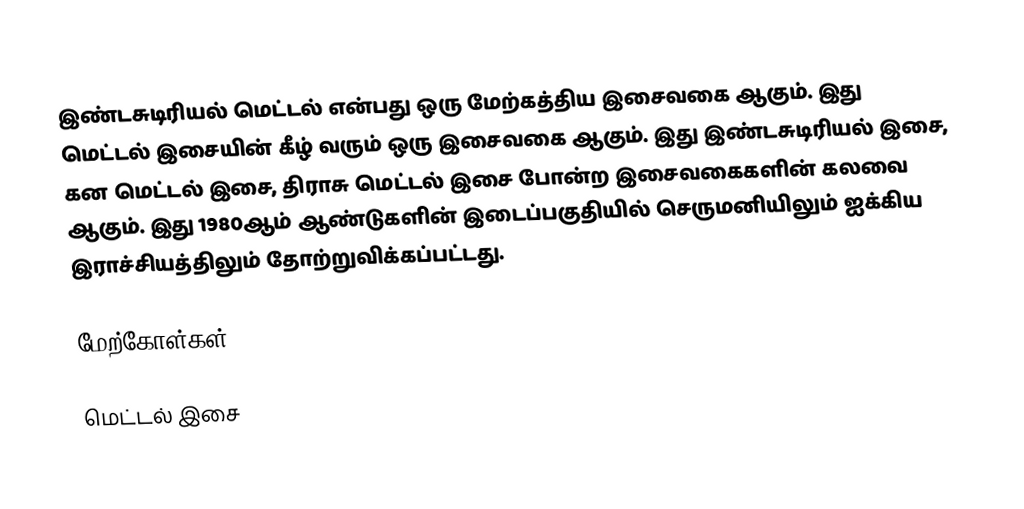
இண்டசுடிரியல் மெட்டல் என்பது ஒரு மேற்கத்திய இசைவகை ஆகும். இது மெட்டல் இசையின் கீழ் வரும் ஒரு இசைவகை ஆகும். இது இண்டசுடிரியல் இசை, கன மெட்டல் இசை, திராசு மெட்டல் இசை போன்ற இசைவகைகளின் கலவை ஆகும். இது 1980ஆம் ஆண்டுகளின் இடைப்பகுதியில் செருமனியிலும் ஐக்கிய இராச்சியத்திலும் தோற்றுவிக்கப்பட்டது.

மேற்கோள்கள்

மெட்டல் இசை